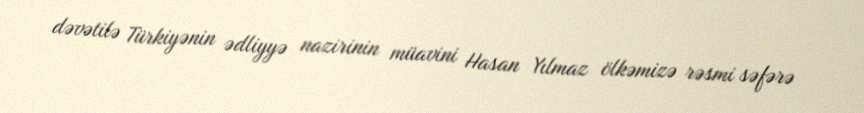
dəvətilə Türkiyənin ədliyyə nazirinin müavini Hasan Yılmaz ölkəmizə rəsmi səfərə